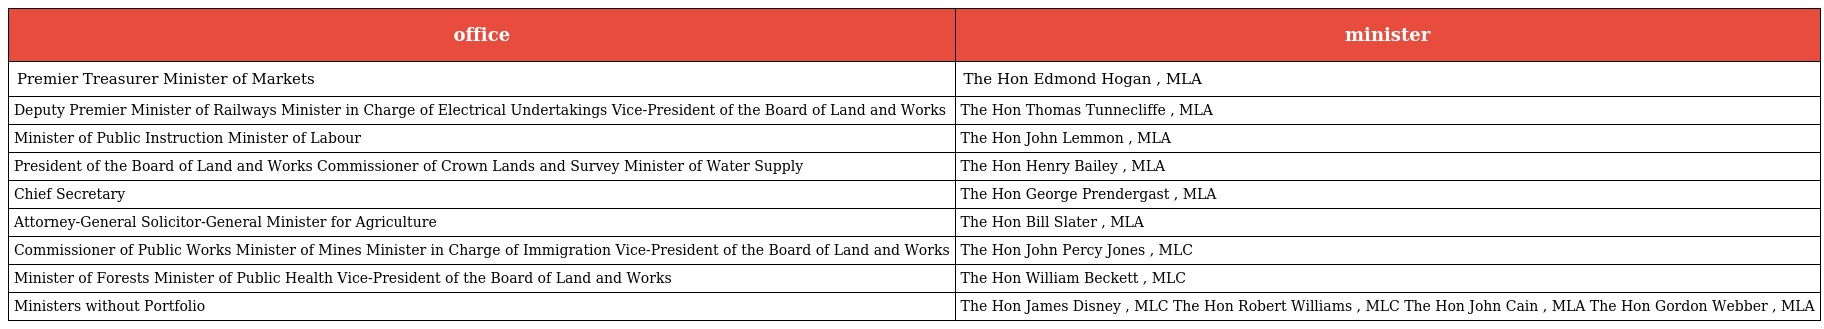
| office | minister |
 | --- | --- |
 | Premier Treasurer Minister of Markets | The Hon Edmond Hogan , MLA |
 | Deputy Premier Minister of Railways Minister in Charge of Electrical Undertakings Vice-President of the Board of Land and Works | The Hon Thomas Tunnecliffe , MLA |
 | Minister of Public Instruction Minister of Labour | The Hon John Lemmon , MLA |
 | President of the Board of Land and Works Commissioner of Crown Lands and Survey Minister of Water Supply | The Hon Henry Bailey , MLA |
 | Chief Secretary | The Hon George Prendergast , MLA |
 | Attorney-General Solicitor-General Minister for Agriculture | The Hon Bill Slater , MLA |
 | Commissioner of Public Works Minister of Mines Minister in Charge of Immigration Vice-President of the Board of Land and Works | The Hon John Percy Jones , MLC |
 | Minister of Forests Minister of Public Health Vice-President of the Board of Land and Works | The Hon William Beckett , MLC |
 | Ministers without Portfolio | The Hon James Disney , MLC The Hon Robert Williams , MLC The Hon John Cain , MLA The Hon Gordon Webber , MLA |